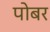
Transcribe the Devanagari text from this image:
पोबर